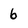
Character: 6